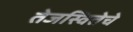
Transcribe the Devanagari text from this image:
तेजस्वितेचे